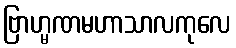
ဗြာဟ္မဏမဟာသာလကုလေ